Madras plague regulations and rules - Volume 2
Disease focus: Plague
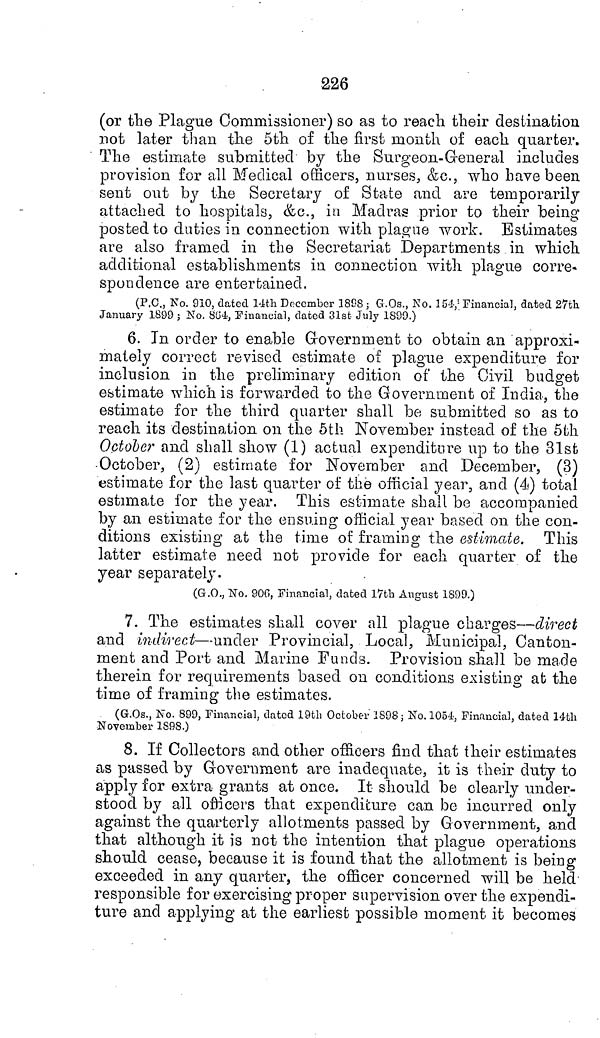
226
(or the Plague Commissioner) so as to reach their destination
not later than the 5th of the first month of each quarter.
The estimate submitted by the Surgeon-General includes
provision for all Medical officers, nurses, &c., who have been
sent out by the Secretary of State and are temporarily
attached to hospitals, &c., in Madras prior to their being-
posted to duties in connection with plague work. Estimates
are also framed in the Secretariat Departments in which
additional establishments in connection with plague corre-
spondence are entertained.
(P.C., No. 910, dated 14th December 1898 ; G.Os., No. 154, Financial, dated 27th
January 1899 ; No. 804, Financial, dated 31st July 1899.)
6. In order to enable Government to obtain an approxi-
mately correct revised estimate of plague expenditure for
inclusion in the preliminary edition of the Civil budget
estimate which is forwarded to the Government of India, the
estimate for the third quarter shall be submitted so as to
reach its destination on the 5th November instead of the 5th
October and shall show (1) actual expenditure up to the 31st
-October, (2) estimate for November and December, (3)
estimate for the last quarter of the official year, and (4) total
estimate for the year. This estimate shall be accompanied
by an estimate for the ensuing official year based on the con-
ditions existing at the time of framing the estimate. This
latter estimate need not provide for each quarter of the
year separately.
(G.O., No. 906, Financial, dated 17th August 1899.)
7. The estimates shall cover all plague charges—direct
and indirect—under Provincial, Local, Municipal, Canton-
ment and Port and Marine Funds. Provision shall be made
therein for requirements based on conditions existing at the
time of framing the estimates.
(G.Os., No. 899, Financial, dated 19th October 1898; No. 1054, Financial, dated 14th
November 1898.)
8. If Collectors and other officers find that their estimates
as passed by Government are inadequate, it is their duty to
apply for extra grants at once. It should be clearly under-
stood by all officers that expenditure can be incurred only
against the quarterly allotments passed by Government, and
that although it is not the intention that plague operations
should cease, because it is found that the allotment is being
exceeded in any quarter, the officer concerned will be held
responsible for exercising proper supervision over the expendi-
ture and applying at the earliest possible moment it becomes